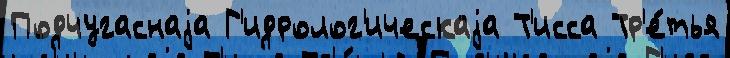
Подчугаснаjа Г'идролог'ическаjа Т'исса Тр'е́тья